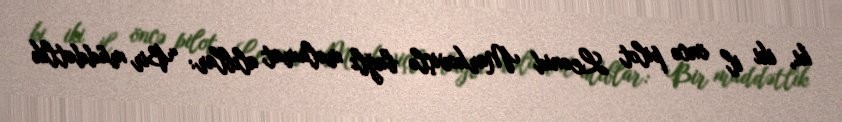
ki, iki il öncə pilot Leonid Markoviçlə bağlı məlumat alıblar: “Bir müddətlik